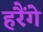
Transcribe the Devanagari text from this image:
हरैंगे